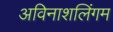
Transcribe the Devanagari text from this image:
अविनाशलिंगम